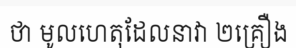
ថា មូលហេតុដែលនាវា ២គ្រឿង